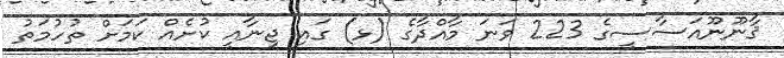
ޤާނޫނޫއަސާސީގެ 223 ވަނަ މާއްދާގެ (ޅ) ގައި ޖިނާއީ ކުށެއް ކަމަށް ތުހުމަތު